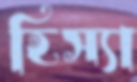
হিস্যা